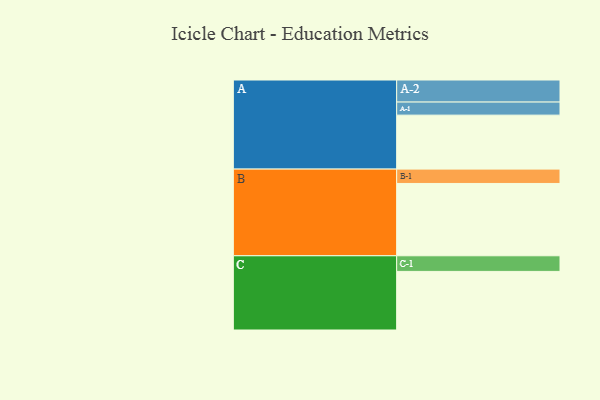
{"axis": {"x": "Segment", "y": "Value"}, "legend": ["", "A", "B", "C"], "data": [{"x": "A", "y": 421, "type": ""}, {"x": "B", "y": 564, "type": ""}, {"x": "C", "y": 457, "type": ""}, {"x": "A-1", "y": 102, "type": "A"}, {"x": "A-2", "y": 172, "type": "A"}, {"x": "B-1", "y": 112, "type": "B"}, {"x": "C-1", "y": 122, "type": "C"}]}